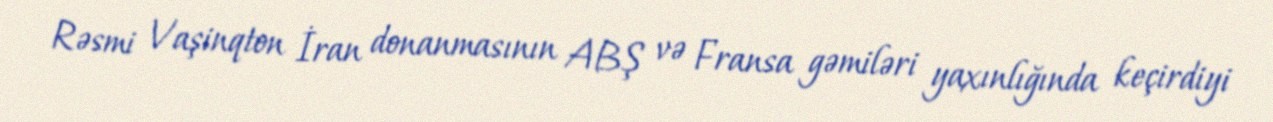
Rəsmi Vaşinqton İran donanmasının ABŞ və Fransa gəmiləri yaxınlığında keçirdiyi